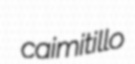
caimitillo